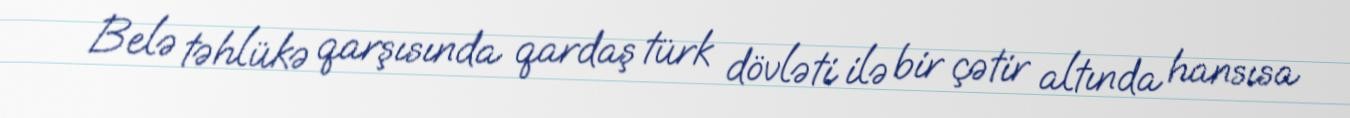
Belə təhlükə qarşısında qardaş türk dövləti ilə bir çətir altında hansısa